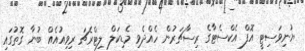
ޔުނިވަސިޓީ އޮފް އެކްސެޓާގެ ރިސާޗަރުން ހެއްދެވި މެޑިކަލް ލިޓްރެޗަ ރިވިއުއެއް ބުނާ ގޮތުގައި